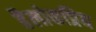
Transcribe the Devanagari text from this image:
हैलोकप्रिय